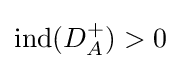
\operatorname {ind} (D_{A}^{+})>0